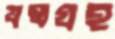
যন্ত্রগ্রহ